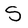
Character: S